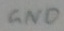
Text: GND